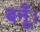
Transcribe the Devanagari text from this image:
बनूँ।